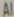
Al